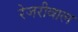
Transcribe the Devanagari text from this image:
रेजरीवाल